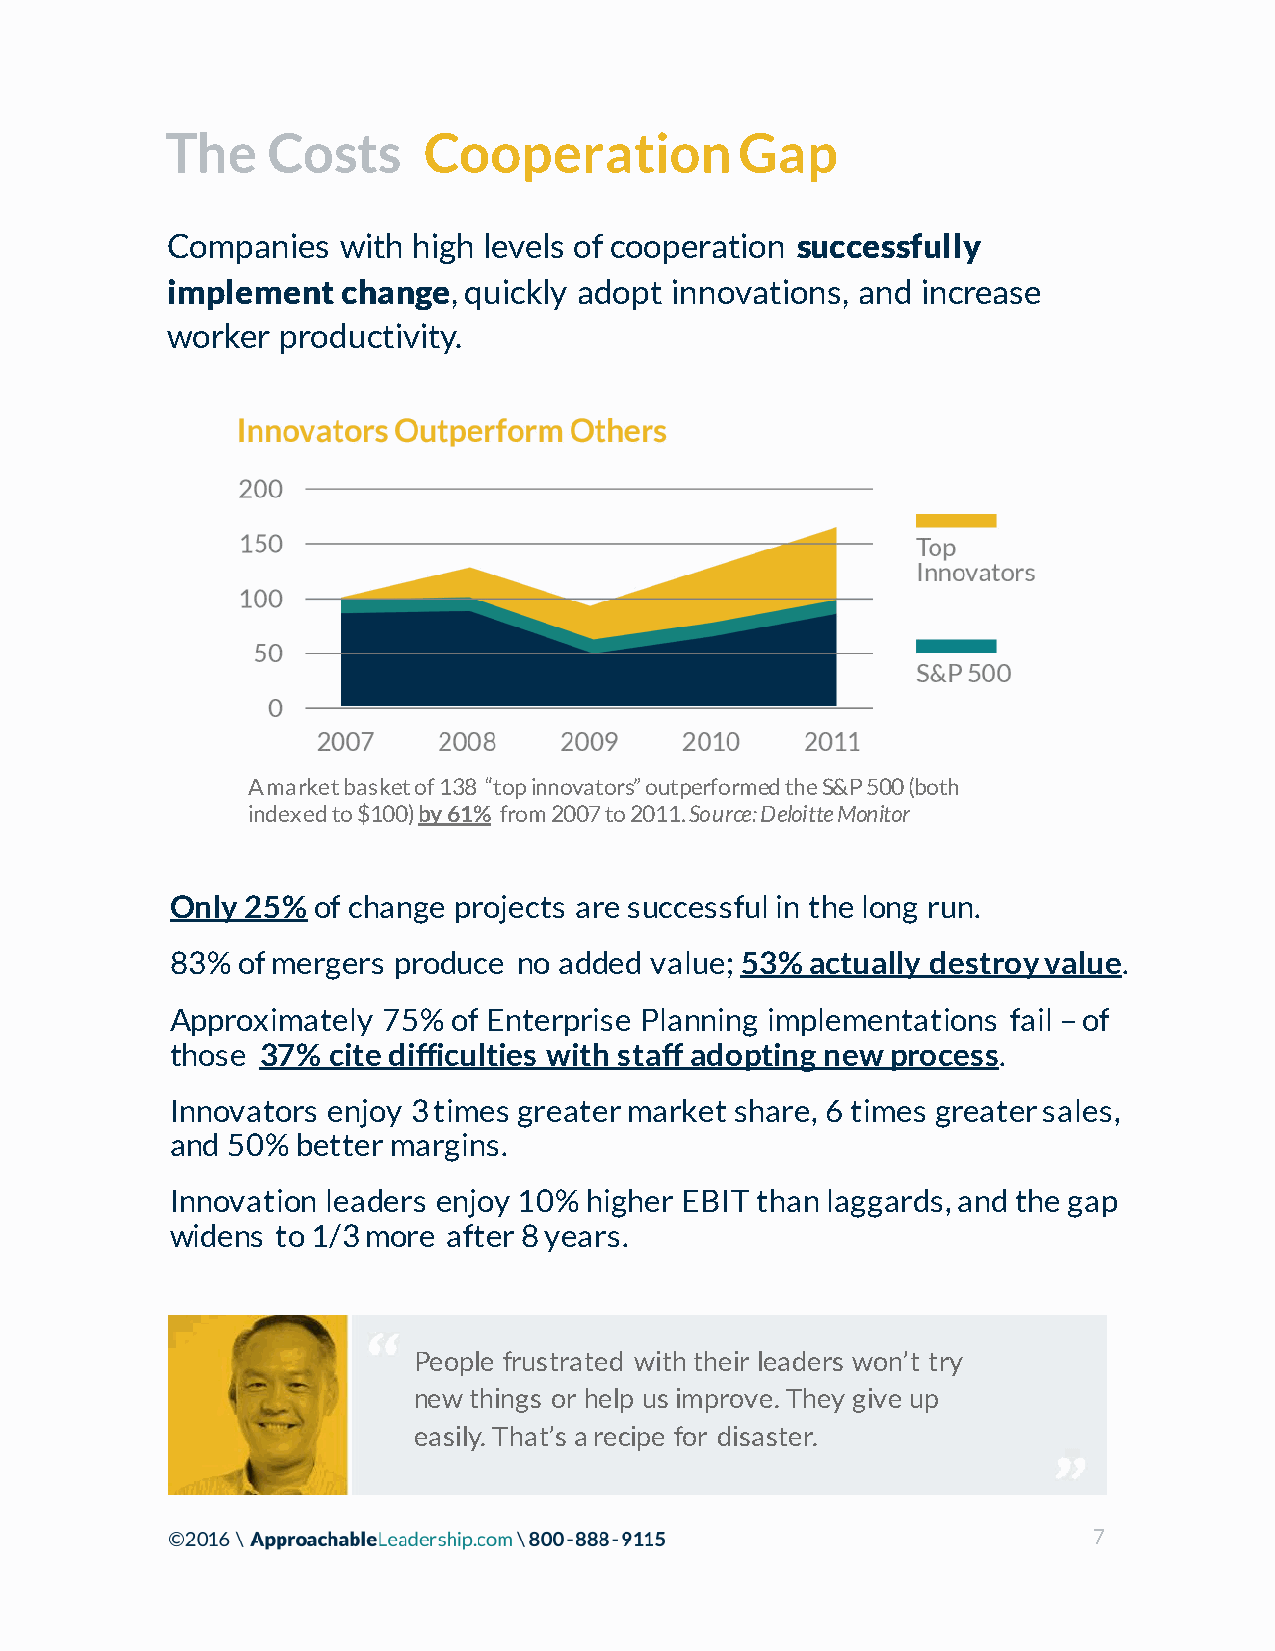
The    Costs     Cooperation          Gap
 Companies   with high levels of cooperation successfully
 implement   change, quickly adopt innovations, and increase
 worker  productivity.
 A market basket of 138 “top innovators” outperformed the S&P 500 (both
 indexed to $100) by 61% from 2007 to 2011. Source: Deloitte Monitor
 Only 25%of  change projects are successful in the long run.
 83%  of mergers produce no added value; 53% actually destroy value.
 Approximately 75%  of Enterprise Planning implementations fail –of
 those 37%  cite difficulties with staff adopting new process.
 Innovators enjoy 3 times greater market share, 6 times greater sales,
 and 50%  better margins.
 Innovation leaders enjoy 10% higher EBIT than laggards, and the gap
 widens to 1/3 more after 8 years.
 People frustrated with their leaders won’t try
 new things or help us improve. They give up
 easily. That’s a recipe for disaster.
 7